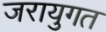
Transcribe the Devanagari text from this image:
जरायुगत